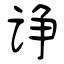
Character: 诤